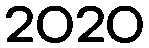
2020